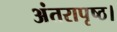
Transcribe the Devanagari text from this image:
अंतरापृष्ठ।